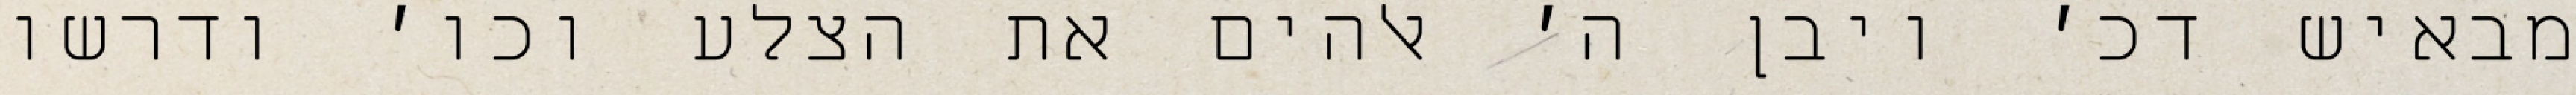
מבאיש דכ׳ ויבן ה׳ אלהים את הצלע וכו׳ ודרשו